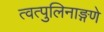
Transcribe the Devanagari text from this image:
त्वत्पुलिनाङ्गणे